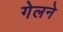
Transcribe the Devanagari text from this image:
गेलने